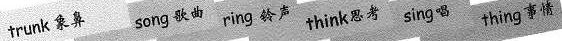
trunk 象 song 歌曲 ring 铃声 think思考 sing 唱 thing 事情